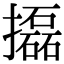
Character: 㩡